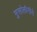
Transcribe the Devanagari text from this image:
मुसोलीनीने